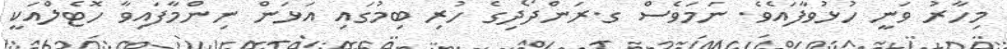
މިހާރު ވަނީ ހުޅުވާފައެވެ. ނަމަވެސް ގ.ރަންދޯދިގެ ހުރި ބިމުގައި އަޅަން ނިންމާފައިވާ ހޮޓެލްއަކީ